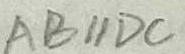
A B / / D C